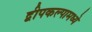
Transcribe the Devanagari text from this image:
द्वीपकल्पामध्ये